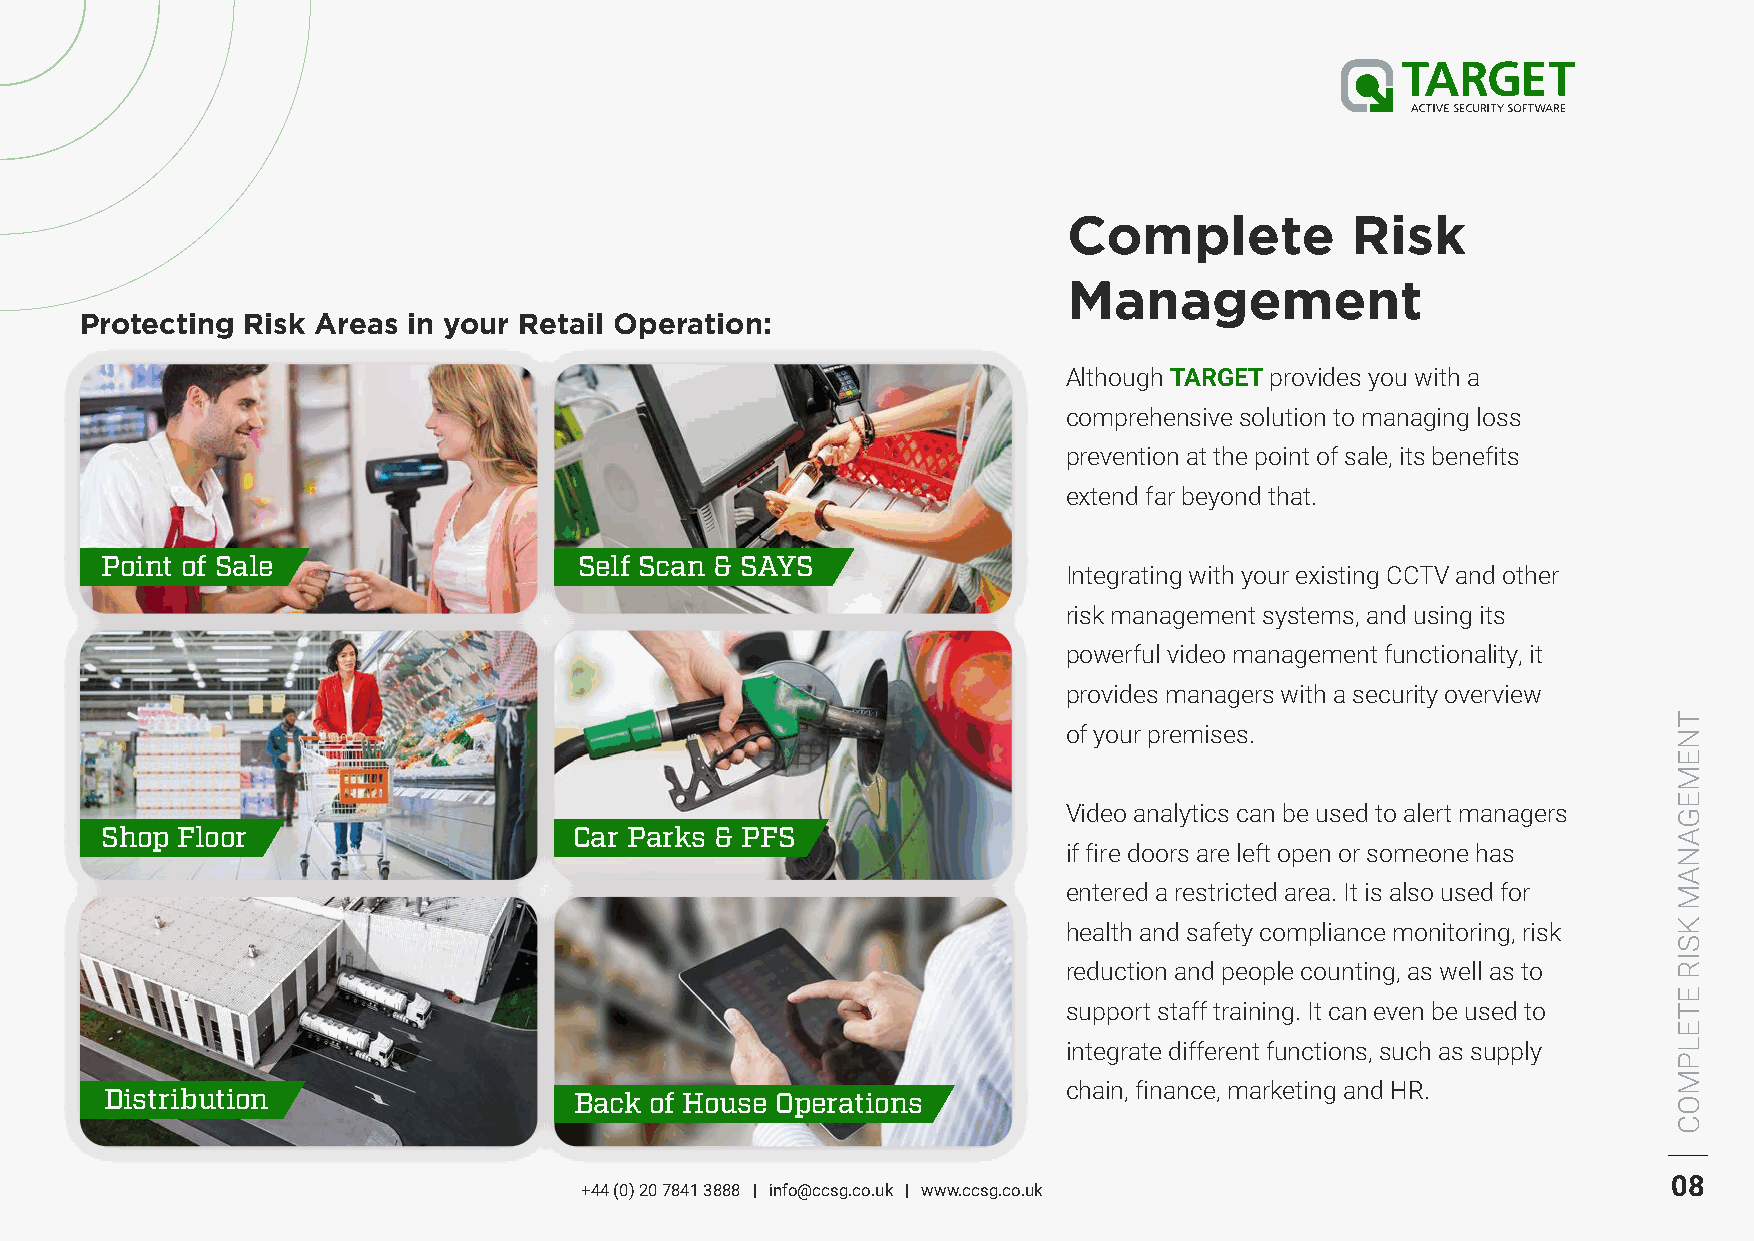
Complete          Risk
 Management
 Protecting Risk Areas in your Retail Operation:
 Although TARGET provides you with a
 comprehensive solution to managing loss
 prevention at the point of sale, its benefits
 extend far beyond that.
 Point of Sale                  Self Scan & SAYS
 Integrating with your existing CCTV and other
 risk management systems, and using its
 powerful video management functionality, it
 provides managers with a security overview
 of your premises.
 Video analytics can be used to alert managers
 Shop Floor                     Car Parks & PFS
 if fire doors are left open or someone has
 entered a restricted area. It is also used for
 health and safety compliance monitoring, risk
 reduction and people counting, as well as to
 support staff training. It can even be used to
 integrate different functions, such as supply
 chain, finance, marketing and HR.
 Distribution                   Back of House Operations
 08
 +44 (0) 20 7841 3888 | info@ccsg.co.uk | www.ccsg.co.uk
 TNEMEGANAM
 KSIR
 ETELPMOC